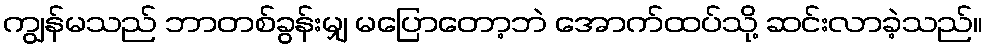
ကျွန်မသည် ဘာတစ်ခွန်းမျှ မပြောတော့ဘဲ အောက်ထပ်သို့ ဆင်းလာခဲ့သည်။